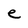
Character: e